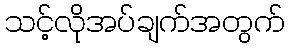
သင့်လိုအပ်ချက်အတွက်